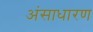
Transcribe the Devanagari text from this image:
अंसाधारण